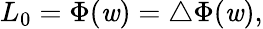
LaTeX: L_{0}=\Phi(\mathit{w})=\bigtriangleup\Phi(\mathit{w}),